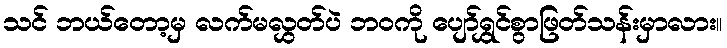
သင် ဘယ်တော့မှ လက်မလွှတ်ပဲ ဘဝကို ပျော်ရွှင်စွာဖြတ်သန်းမှာလား။